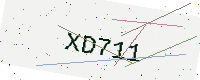
Text: XD711